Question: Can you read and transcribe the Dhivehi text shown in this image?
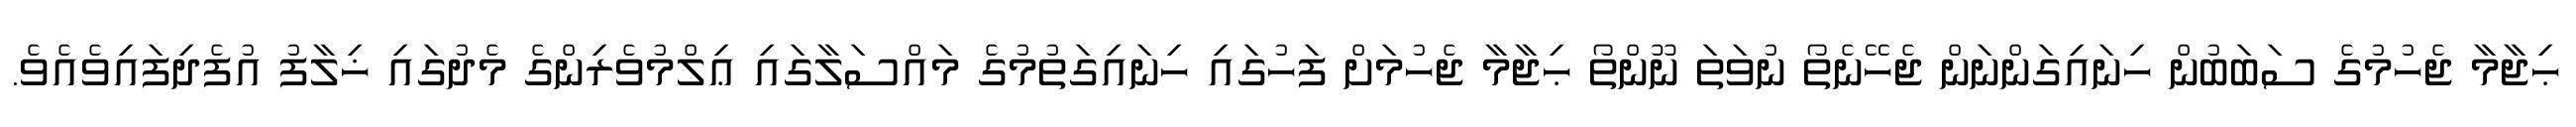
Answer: ޙިޖާމާ ޖެހުމުގެ ސަބަބުން ހިނައިގަންނަން ޖެހޭނެތޯ ނުވަތަ ނޫންތޯ ޙިޖާމާ ޖެހުމަށް ފަހުގައި ހިނައިގަތުމުގެ މައްސަލާގައި ޢިލްމުވެރިންގެ މެދުގައި ޚިލާފު އުފެދިފައިވެއެވެ.